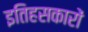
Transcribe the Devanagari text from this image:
इतिहसकारों